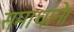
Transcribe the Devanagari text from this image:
समाधाने।